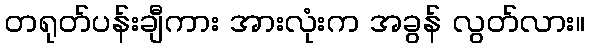
တရုတ်ပန်းချီကား အားလုံးက အခွန် လွတ်လား။